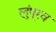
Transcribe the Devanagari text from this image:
लुंपूरव